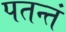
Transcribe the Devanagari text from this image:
पतन्तं